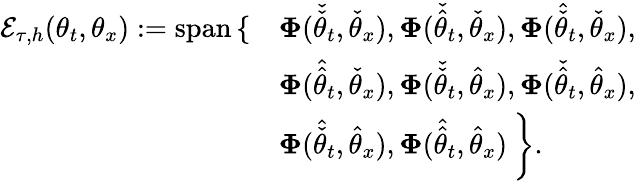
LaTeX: \begin{array}{rl}{\mathcal{E}_{\tau,h}(\theta_{t},\theta_{x}):=\mathrm{span}\left\{ \right.}&{\left.\boldsymbol{\Phi}(\check{\check{\theta}}_{t},\check{\theta}_{x}),\boldsymbol{\Phi}(\check{\hat{\theta}}_{t},\check{\theta}_{x}),\boldsymbol{\Phi}(\hat{\check{\theta}}_{t},\check{\theta}_{x}),\right.}\\ &{\left.\boldsymbol{\Phi}(\hat{\hat{\theta}}_{t},\check{\theta}_{x}),\boldsymbol{\Phi}(\check{\check{\theta}}_{t},\hat{\theta}_{x}),\boldsymbol{\Phi}(\check{\hat{\theta}}_{t},\hat{\theta}_{x}),\right.}\\ &{\left.\boldsymbol{\Phi}(\hat{\check{\theta}}_{t},\hat{\theta}_{x}),\boldsymbol{\Phi}(\hat{\hat{\theta}}_{t},\hat{\theta}_{x})\: \right\} .}\end{array}